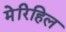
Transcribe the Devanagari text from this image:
मेरिहिल